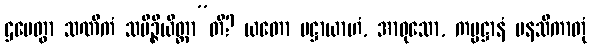
ဌပေတွာ သဏိကံ သမိဉ္ဇိယိတ္ထာ”တိ? ယတော ပဋ္ဌာယာဟံ, အာဝုသော, ကမ္မဋ္ဌာနံ မနသိကာတုံ